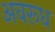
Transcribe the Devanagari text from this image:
अवरूध